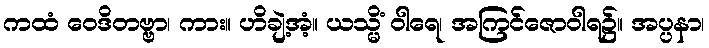
ကထံ ဝေဒိတဗ္ဗာ၊ ကား။ ဟိချဲ့အံ့။ ယသ္မိံ ဝါရေ၊ အကြင်ဇောဝါရ၌။ အပ္ပနာ၊